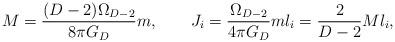
LaTeX: \begin{align*}M={{(D-2)\Omega_{D-2}}\over {8\pi G_D}}m, \ \ \ \ \ \ J_i={\Omega_{D-2}\over {4\pi G_D}}ml_i = {2\over{D-2}}Ml_i, \end{align*}